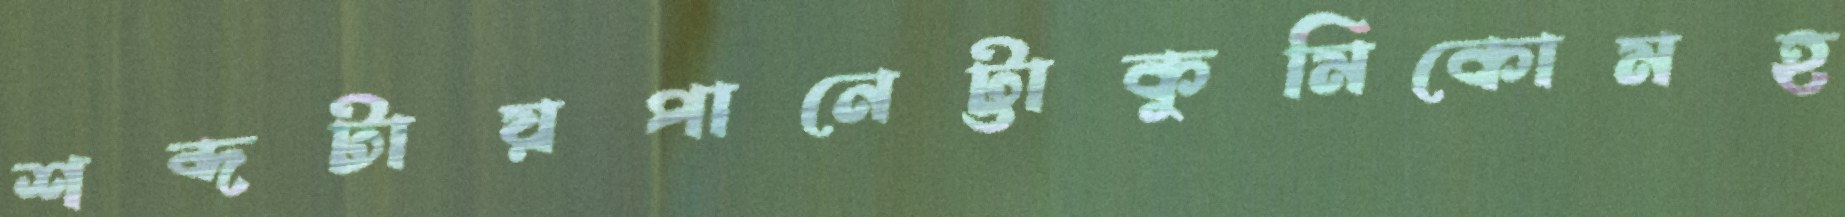
শব্দটায়পানেট্টাকুমিকোমহ